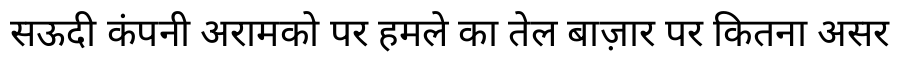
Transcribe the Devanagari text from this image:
सऊदी कंपनी अरामको पर हमले का तेल बाज़ार पर कितना असर